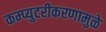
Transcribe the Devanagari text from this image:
कम्प्युटरीकरणामुळे